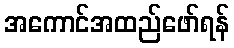
အကောင်အထည်ဖော်ရန်